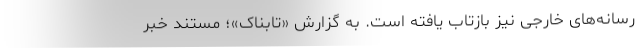
رسانه‌های خارجی نیز بازتاب یافته است. به گزارش «تابناک»؛ مستند خبر